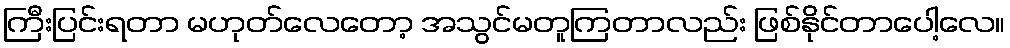
ကြီးပြင်းရတာ မဟုတ်လေတော့ အသွင်မတူကြတာလည်း ဖြစ်နိုင်တာပေါ့လေ။